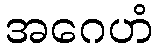
အဂေဟံ